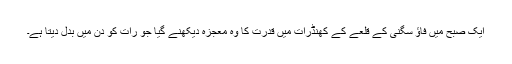
ایک صبح میں فاؤ سگنی کے قلعے کے کھنڈرات میں قدرت کا وہ معجزہ دیکھنے گیا جو رات کو دن میں بدل دیتا ہے۔